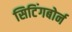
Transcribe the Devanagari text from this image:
सिटिंगबोर्न